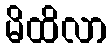
မိထိလာ